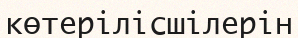
көтерілісшілерін